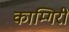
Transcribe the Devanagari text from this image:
काम्गिरी